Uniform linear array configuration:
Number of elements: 4
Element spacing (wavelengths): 0.25
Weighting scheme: hann
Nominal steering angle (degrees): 30
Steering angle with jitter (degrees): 30.65
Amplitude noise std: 0.05
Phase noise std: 0.05

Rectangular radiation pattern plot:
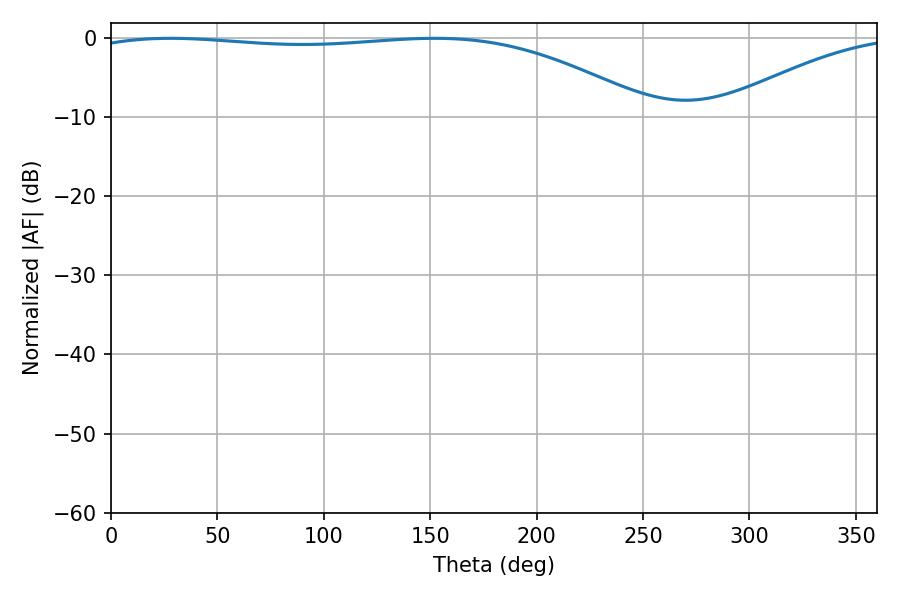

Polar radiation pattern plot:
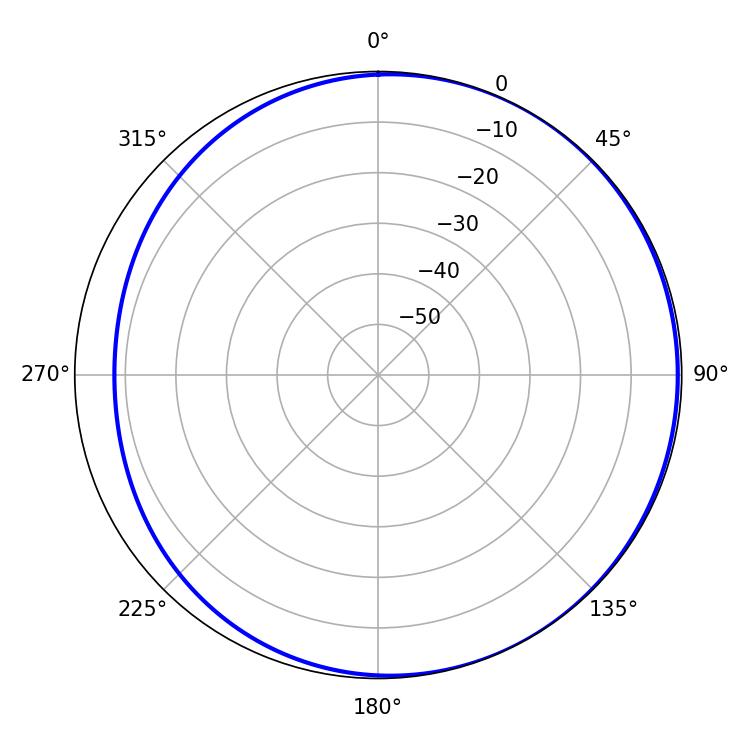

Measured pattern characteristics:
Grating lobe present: FALSE
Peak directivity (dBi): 2.237
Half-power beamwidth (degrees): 212.04
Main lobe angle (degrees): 27.9